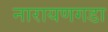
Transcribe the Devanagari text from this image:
नारायणगडा